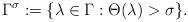
LaTeX: \begin{align*}\Gamma^{\sigma} := \{\lambda \in \Gamma: \Theta(\lambda) >\sigma \}.\end{align*}